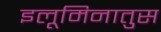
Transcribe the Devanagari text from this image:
इलूमिनातुस